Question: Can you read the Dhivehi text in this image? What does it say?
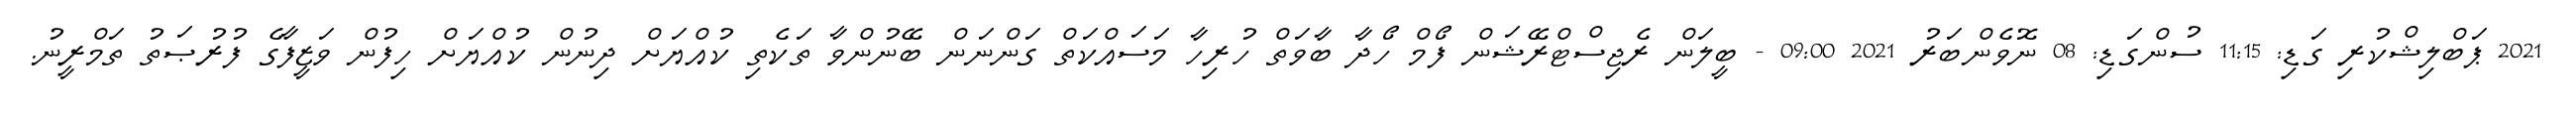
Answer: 2021 ޕަބްލިޝްކުރި ގަޑި: 11:15 ސުންގަޑި: 08 ނޮވެންބަރު 2021 09:00 - ބީލަން ރެޖިސްޓްރޭޝަން ފޯމް ހޯދާ ބާވަތް ހުރިހާ މަސައްކަތް ގަންނަން ބޭނުންވާ ތަކެތި ކުއްޔަށް ދިނުން ކުއްޔަށް ހިފުން ވަޒީފާގެ ފުރުޞަތު ތަމްރީނު.